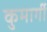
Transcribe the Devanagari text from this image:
कुमार्गी